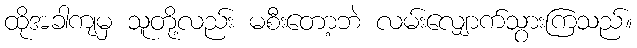
ထိုအခါကျမှ သူတို့လည်း မစီးတော့ဘဲ လမ်းလျှောက်သွားကြသည်။